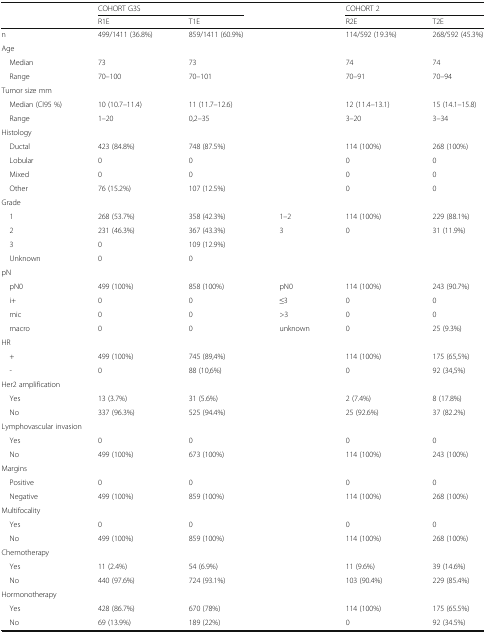
<table><thead><tr><td rowspan="2"></td><td colspan="2"><b>COHORT G3S</b></td><td></td><td colspan="2"><b>COHORT 2</b></td></tr><tr><td><b>R1E</b></td><td><b>T1E</b></td><td></td><td><b>R2E</b></td><td><b>T2E</b></td></tr></thead><tbody><tr><td>n</td><td>499/1411 (36.8%)</td><td>859/1411 (60.9%)</td><td></td><td>114/592 (19.3%)</td><td>268/592 (45.3%)</td></tr><tr><td colspan="6">Age</td></tr><tr><td> Median</td><td>73</td><td>73</td><td></td><td>74</td><td>74</td></tr><tr><td> Range</td><td>70–100</td><td>70–101</td><td></td><td>70–91</td><td>70–94</td></tr><tr><td colspan="6">Tumor size mm</td></tr><tr><td> Median (CI95 %)</td><td>10 (10.7–11.4)</td><td>11 (11.7–12.6)</td><td></td><td>12 (11.4–13.1)</td><td>15 (14.1–15.8)</td></tr><tr><td> Range</td><td>1–20</td><td>0,2–35</td><td></td><td>3–20</td><td>3–34</td></tr><tr><td colspan="6">Histology</td></tr><tr><td> Ductal</td><td>423 (84.8%)</td><td>748 (87.5%)</td><td></td><td>114 (100%)</td><td>268 (100%)</td></tr><tr><td> Lobular</td><td>0</td><td>0</td><td></td><td>0</td><td>0</td></tr><tr><td> Mixed</td><td>0</td><td>0</td><td></td><td>0</td><td>0</td></tr><tr><td> Other</td><td>76 (15.2%)</td><td>107 (12.5%)</td><td></td><td>0</td><td>0</td></tr><tr><td colspan="6">Grade</td></tr><tr><td> 1</td><td>268 (53.7%)</td><td>358 (42.3%)</td><td>1–2</td><td>114 (100%)</td><td>229 (88.1%)</td></tr><tr><td> 2</td><td>231 (46.3%)</td><td>367 (43.3%)</td><td>3</td><td>0</td><td>31 (11.9%)</td></tr><tr><td> 3</td><td>0</td><td>109 (12.9%)</td><td rowspan="2"></td><td rowspan="2"></td><td rowspan="2"></td></tr><tr><td> Unknown</td><td>0</td><td>0</td></tr><tr><td colspan="6">pN</td></tr><tr><td> pN0</td><td>499 (100%)</td><td>858 (100%)</td><td>pN0</td><td>114 (100%)</td><td>243 (90.7%)</td></tr><tr><td> i+</td><td>0</td><td>0</td><td>≤3</td><td>0</td><td>0</td></tr><tr><td> mic</td><td>0</td><td>0</td><td>&gt;3</td><td>0</td><td>0</td></tr><tr><td> macro</td><td>0</td><td>0</td><td>unknown</td><td>0</td><td>25 (9.3%)</td></tr><tr><td colspan="6">HR</td></tr><tr><td> +</td><td>499 (100%)</td><td>745 (89,4%)</td><td></td><td>114 (100%)</td><td>175 (65,5%)</td></tr><tr><td> -</td><td>0</td><td>88 (10,6%)</td><td></td><td>0</td><td>92 (34,5%)</td></tr><tr><td colspan="6">Her2 amplification</td></tr><tr><td> Yes</td><td>13 (3.7%)</td><td>31 (5.6%)</td><td></td><td>2 (7.4%)</td><td>8 (17.8%)</td></tr><tr><td> No</td><td>337 (96.3%)</td><td>525 (94.4%)</td><td></td><td>25 (92.6%)</td><td>37 (82.2%)</td></tr><tr><td colspan="6">Lymphovascular invasion</td></tr><tr><td> Yes</td><td>0</td><td>0</td><td></td><td>0</td><td>0</td></tr><tr><td> No</td><td>499 (100%)</td><td>673 (100%)</td><td></td><td>114 (100%)</td><td>243 (100%)</td></tr><tr><td colspan="6">Margins</td></tr><tr><td> Positive</td><td>0</td><td>0</td><td></td><td>0</td><td>0</td></tr><tr><td> Negative</td><td>499 (100%)</td><td>859 (100%)</td><td></td><td>114 (100%)</td><td>268 (100%)</td></tr><tr><td colspan="6">Multifocality</td></tr><tr><td> Yes</td><td>0</td><td>0</td><td></td><td>0</td><td>0</td></tr><tr><td> No</td><td>499 (100%)</td><td>859 (100%)</td><td></td><td>114 (100%)</td><td>268 (100%)</td></tr><tr><td colspan="6">Chemotherapy</td></tr><tr><td> Yes</td><td>11 (2.4%)</td><td>54 (6.9%)</td><td></td><td>11 (9.6%)</td><td>39 (14.6%)</td></tr><tr><td> No</td><td>440 (97.6%)</td><td>724 (93.1%)</td><td></td><td>103 (90.4%)</td><td>229 (85.4%)</td></tr><tr><td colspan="6">Hormonotherapy</td></tr><tr><td> Yes</td><td>428 (86.7%)</td><td>670 (78%)</td><td></td><td>114 (100%)</td><td>175 (65.5%)</td></tr><tr><td> No</td><td>69 (13.9%)</td><td>189 (22%)</td><td></td><td>0</td><td>92 (34.5%)</td></tr></tbody></table>